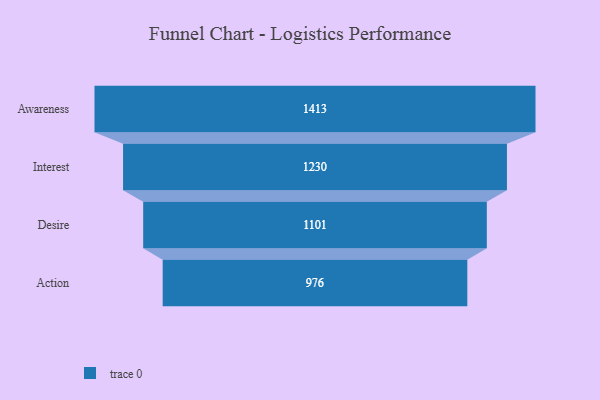
{"axis": {"x": "Stage", "y": "Value"}, "legend": [""], "data": [{"x": "Awareness", "y": 1413.0, "type": ""}, {"x": "Interest", "y": 1230.0, "type": ""}, {"x": "Desire", "y": 1101.0, "type": ""}, {"x": "Action", "y": 976.0, "type": ""}]}